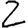
Digit: 2